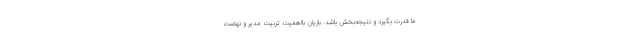
ما قدرت بگیرد و نتیجه‌بخش باشد. بازیان بااهمیت تربیت مدیر و نهضت